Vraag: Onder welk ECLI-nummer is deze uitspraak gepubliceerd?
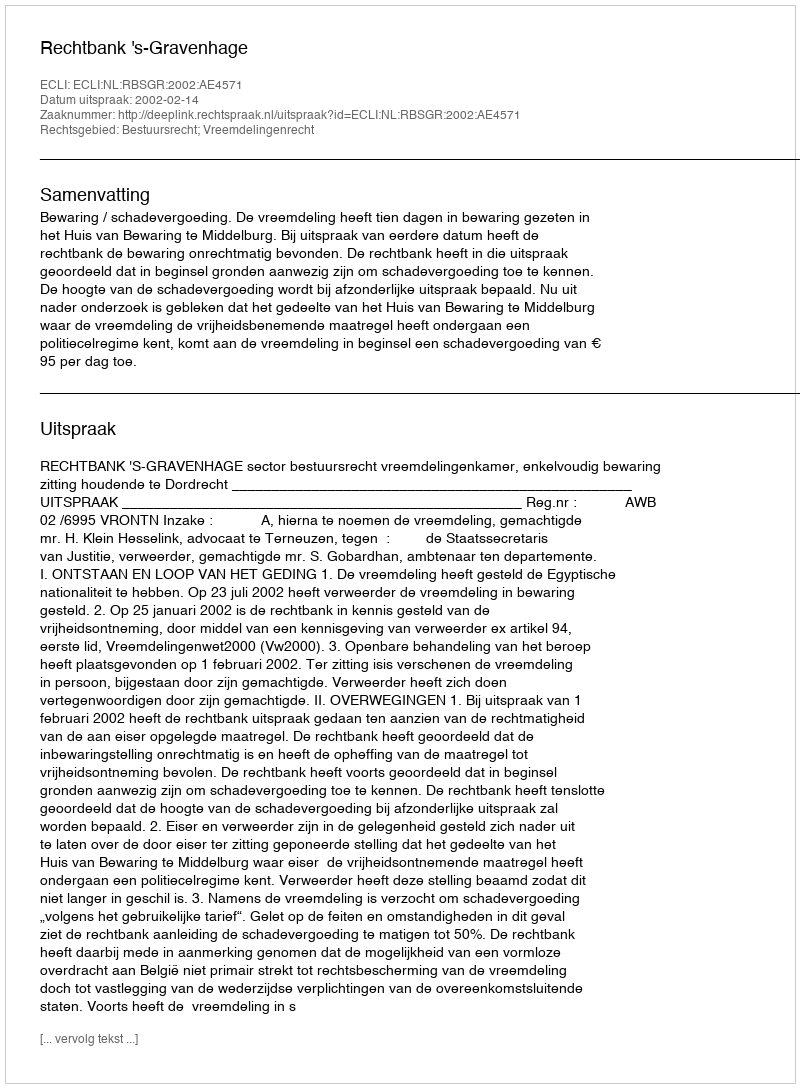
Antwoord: ECLI:NL:RBSGR:2002:AE4571